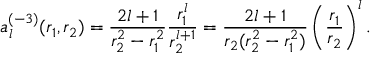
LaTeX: { a } _ { l } ^ { ( - 3 ) } ( r _ { 1 } , r _ { 2 } ) = \frac { 2 l + 1 } { r _ { 2 } ^ { 2 } - r _ { 1 } ^ { 2 } } \frac { r _ { 1 } ^ { l } } { r _ { 2 } ^ { l + 1 } } = \frac { 2 l + 1 } { r _ { 2 } ( r _ { 2 } ^ { 2 } - r _ { 1 } ^ { 2 } ) } \left( \frac { r _ { 1 } } { r _ { 2 } } \right) ^ { l } .